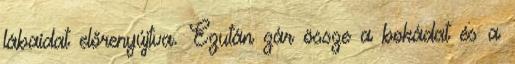
lábaidat előrenyújtva. Ezután zár össze a bokádat és a